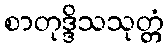
စာတုဒ္ဒိသသုတ္တံ